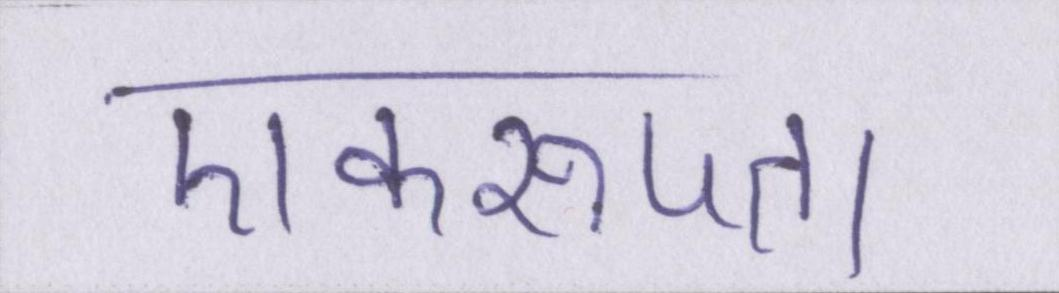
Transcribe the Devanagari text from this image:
एकरूपता